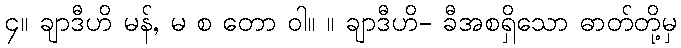
၄။ ချာဒီဟိ မန်, မ စ တော ဝါ။ ။ ချာဒီဟိ- ခီအစရှိသော ဓာတ်တို့မှ